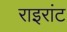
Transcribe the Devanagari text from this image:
राइरांट